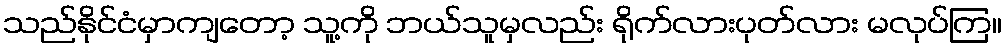
သည်နိုင်ငံမှာကျတော့ သူ့ကို ဘယ်သူမှလည်း ရိုက်လားပုတ်လား မလုပ်ကြ။